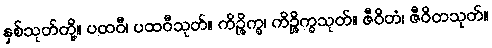
နှစ်သုတ်တို့။ ပထဝီ၊ ပထဝီသုတ်။ ကိဉ္ဇိက္ခ၊ ကိဉ္ဇိက္ခသုတ်။ ဇီဝိတံ၊ ဇီဝိတသုတ်။